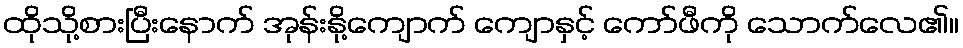
ထိုသို့စားပြီးနောက် အုန်းနို့ကျောက် ကျောနှင့် ကော်ဖီကို သောက်လေ၏။